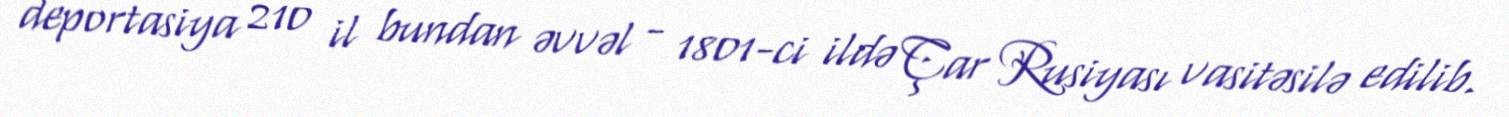
deportasiya 210 il bundan əvvəl - 1801-ci ildə Çar Rusiyası vasitəsilə edilib.